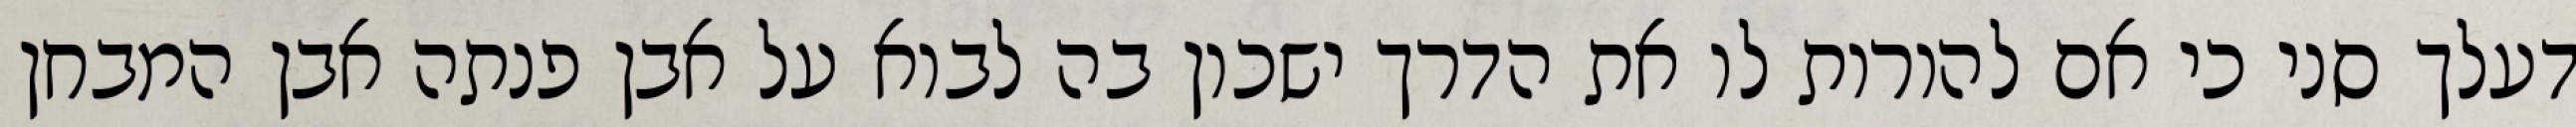
דעלך סני כי אם להורות לו את הדרך ישכון בה לבוא על אבן פנתה אבן המבחן